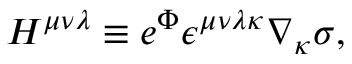
H ^ { \mu \nu \lambda } \equiv e ^ { \Phi } \epsilon ^ { \mu \nu \lambda \kappa } \nabla _ { \kappa } \sigma ,